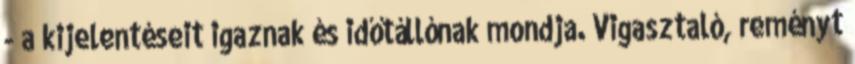
- a kijelentéseit igaznak és időtállónak mondja. Vigasztaló, reményt